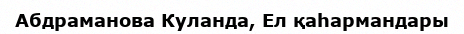
Абдраманова Куланда, Ел қаһармандары